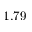
1 . 7 9